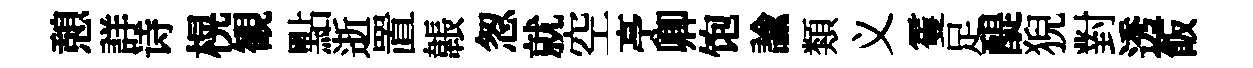
憩詳诗榥観點逝置韔怱就空𠅘卿饱諭類义䨥足醍猊對透飯